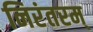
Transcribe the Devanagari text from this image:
निरंतरम्‌